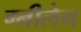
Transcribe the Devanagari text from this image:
ग्नीलेन